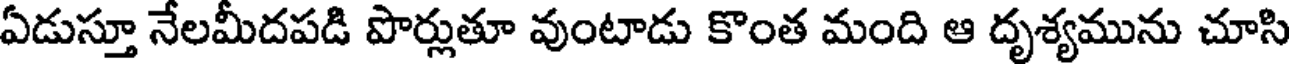
ఏడుస్తూ నేలమీదపడి పొర్లుతూ వుంటాడు కొంత మంది ఆ దృశ్యమును చూసి